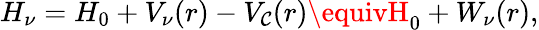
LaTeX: H_{\nu}=H_{0}+V_{\nu}(r)-V_{\mathcal{C}}(r)\equivH_{0}+W_{\nu}(r),